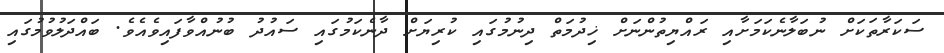
ސަކަރާތަކަށް ނުބަލާނެކަމަށާއި ރައްޔިތުންނަށް ޚިދުމަތް ދިނުމުގައި ކުރިޔަށް ދާނެކަމުގައި ސައުދު ބުނުއްވާފައިވެއެވެ. ބައްދަލުވުމުގައި